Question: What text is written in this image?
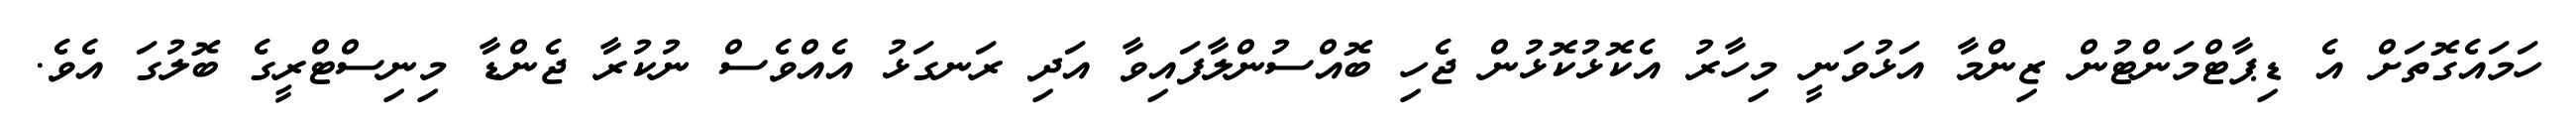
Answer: ހަމައެގޮތަށް އެ ޑިޕާޓްމަންޓުން ޒިންމާ އަޅުވަނީ މިހާރު އެކޮޅުކޮޅުން ޖެހި ބޮއްސުންލާފައިވާ އަދި ރަނގަޅު އެއްވެސް ނުކުރާ ޖެންޑާ މިނިސްޓްރީގެ ބޮލުގަ އެވެ.